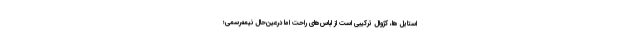
استایل ها، کژوال ترکیبی است از لباس‌های راحت اما درعین‌حال نیمه‌رسمی؛